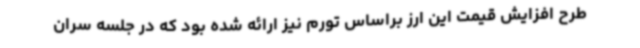
طرح افزایش قیمت این ارز براساس تورم نیز ارائه شده بود که در جلسه سران